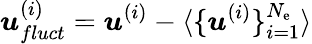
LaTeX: \boldsymbol{u}_{fluct}^{(i)}=\boldsymbol{u}^{(i)}-\langle\{ \boldsymbol{u}^{(i)}\} _{i=1}^{N_{\mathrm{e}}}\rangle